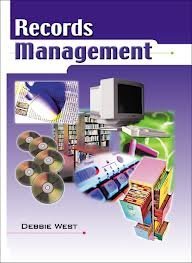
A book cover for Records Management; Debbie West; Business & Money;